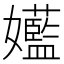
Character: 𫲝